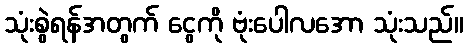
သုံးစွဲရန်အတွက် ငွေကို ဗုံးပေါလအော သုံးသည်။